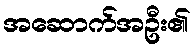
အဆောက်အဦး၏